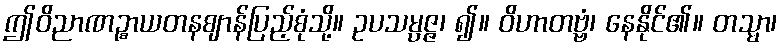
ဤဝိညာဏဉ္စာယတနဈာန်ပြည့်စုံသို့။ ဥပသမ္ပဇ္ဇ၊ ၍။ ဝိဟာတဗ္ဗံ၊ နေနိုင်၏။ တသ္မာ၊